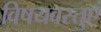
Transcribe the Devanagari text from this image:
विषयवस्तुएँ